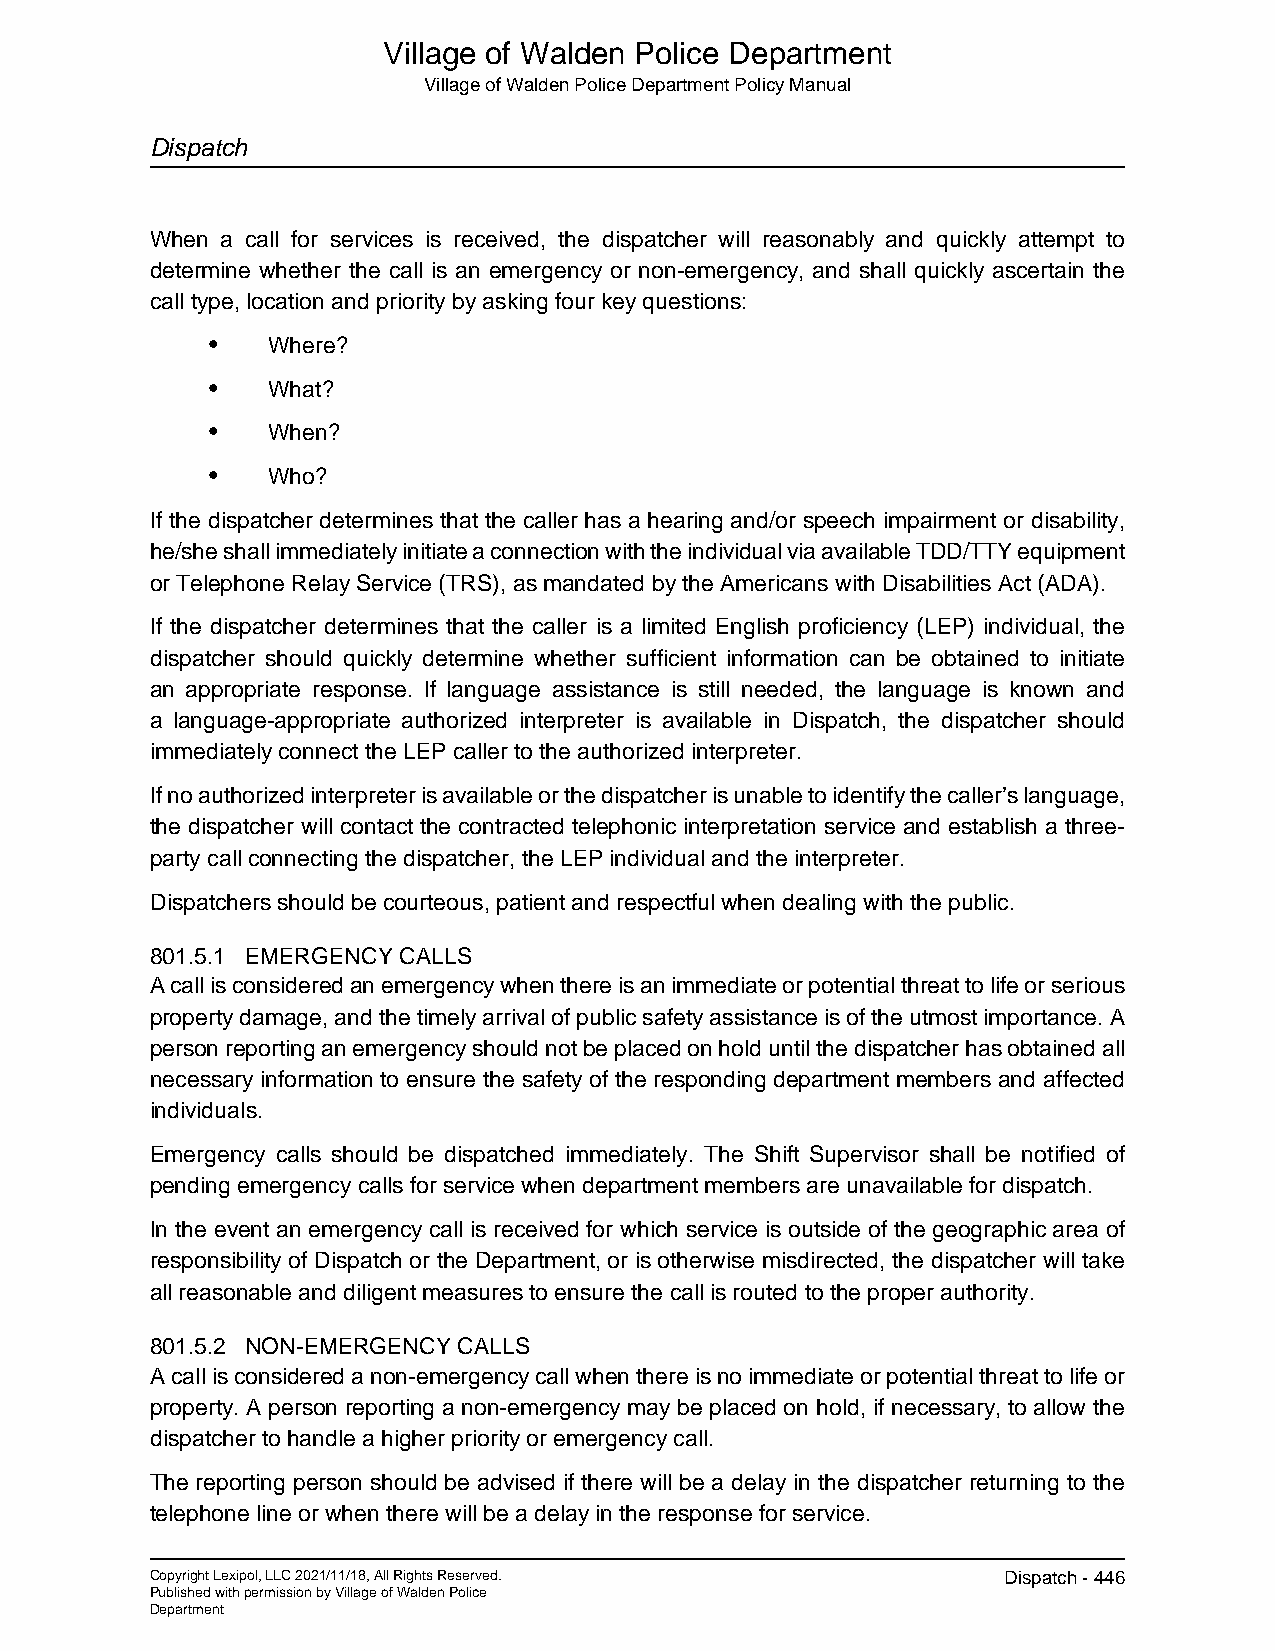
Village of Walden Police Department
 Village of Walden Police Department Policy Manual
 Dispatch
 When a call for services is received, the dispatcher will reasonably and quickly attempt to
 determine whether the call is an emergency or non-emergency, and shall quickly ascertain the
 call type, location and priority by asking four key questions:
 •   Where?
 •   What?
 •   When?
 •   Who?
 If the dispatcher determines that the caller has a hearing and/or speech impairment or disability,
 he/she shall immediately initiate a connection with the individual via available TDD/TTY equipment
 or Telephone Relay Service (TRS), as mandated by the Americans with Disabilities Act (ADA).
 If the dispatcher determines that the caller is a limited English proficiency (LEP) individual, the
 dispatcher should quickly determine whether sufficient information can be obtained to initiate
 an appropriate response. If language assistance is still needed, the language is known and
 a language-appropriate authorized interpreter is available in Dispatch, the dispatcher should
 immediately connect the LEP caller to the authorized interpreter.
 If no authorized interpreter is available or the dispatcher is unable to identify the caller’s language,
 the dispatcher will contact the contracted telephonic interpretation service and establish a three-
 party call connecting the dispatcher, the LEP individual and the interpreter.
 Dispatchers should be courteous, patient and respectful when dealing with the public.
 801.5.1 EMERGENCY CALLS
 A call is considered an emergency when there is an immediate or potential threat to life or serious
 property damage, and the timely arrival of public safety assistance is of the utmost importance. A
 person reporting an emergency should not be placed on hold until the dispatcher has obtained all
 necessary information to ensure the safety of the responding department members and affected
 individuals.
 Emergency calls should be dispatched immediately. The Shift Supervisor shall be notified of
 pending emergency calls for service when department members are unavailable for dispatch.
 In the event an emergency call is received for which service is outside of the geographic area of
 responsibility of Dispatch or the Department, or is otherwise misdirected, the dispatcher will take
 all reasonable and diligent measures to ensure the call is routed to the proper authority.
 801.5.2 NON-EMERGENCY CALLS
 A call is considered a non-emergency call when there is no immediate or potential threat to life or
 property. A person reporting a non-emergency may be placed on hold, if necessary, to allow the
 dispatcher to handle a higher priority or emergency call.
 The reporting person should be advised if there will be a delay in the dispatcher returning to the
 telephone line or when there will be a delay in the response for service.
 Copyright Lexipol, LLC 2021/11/18, All Rights Reserved. Dispatch - 446
 Published with permission by Village of Walden Police
 Department